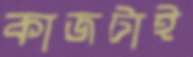
কাজটাই